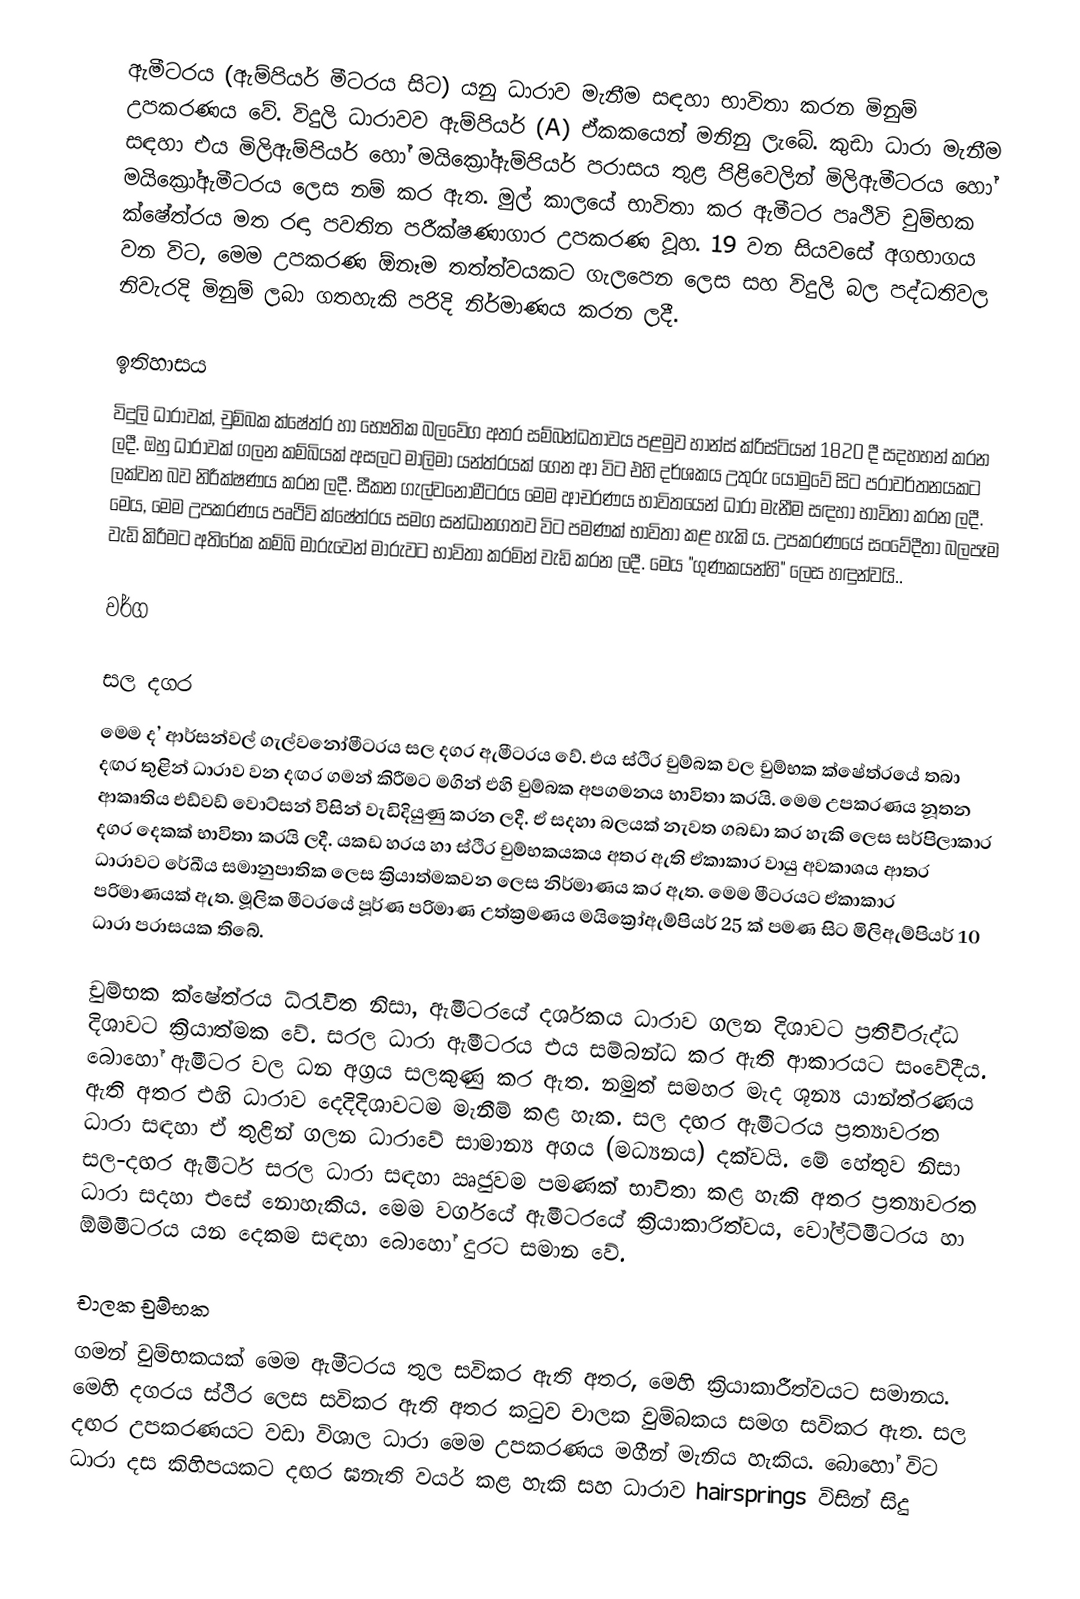
ඇමීටරය (ඇම්පියර් මීටරය සිට) යනු ධාරාව මැනීම සඳහා භාවිතා කරන මිනුම් උපකරණය වේ. විදුලි ධාරාවව ඇම්පියර් (A) ඒකකයෙන් මනිනු ලැබේ. කුඩා ධාරා මැනීම සඳහා එය මිලිඇම්පියර් හෝ මයික්‍රෝඇම්පියර් පරාසය තුළ පිළිවෙලින් මිලිඇමීටරය හෝ මයික්‍රෝඇමීටරය ලෙස නම් කර ඇත. මුල් කාලයේ භාවිතා කර ඇමීටර පෘථිවි චුම්භක ක්ෂේත්රය මත රඳා පවතින පරීක්ෂණාගාර උපකරණ වූහ. 19 වන සියවසේ අගභාගය වන විට,  මෙම උපකරණ ඕනෑම තත්ත්වයකට ගැලපෙන ලෙස සහ විදුලි බල පද්ධතිවල නිවැරදි මිනුම් ලබා ගතහැකි පරිදි නිර්මාණය කරන ලදී.

ඉතිහාසය
විදුලි ධාරාවක්, චුම්බක ක්ෂේත්ර හා භෞතික බලවේග අතර සම්බන්ධතාවය පළමුව හාන්ස් ක්රිස්ටියන් 1820 දී සදහහන් කරන ලදී. ඔහු ධාරාවක් ගලන කම්බියක් අසලට මාලිමා යන්ත්රයක් ගෙන ආ විට එහි දර්ශකය උතුරු යොමුවේ සිට පරාවර්තනයකට ලක්වන බව නිරීක්ෂණය කරන ලදී. සීකන ගැල්වනෝමීටරය මෙම ආචරණය භාවිතයෙන් ධාරා මැනීම සඳහා භාවිතා කරන ලදී. මෙය, මෙම උපකරණය පෘථිවි ක්ෂේත්රය සමග සන්ධානගතව විට පමණක් භාවිතා කළ හැකි ය. උපකරණයේ සංවේදීතා බලපෑම වැඩි කිරීමට අතිරේක කම්බි මාරුවෙන් මාරුවට භාවිතා කරමින් වැඩි කරන ලදී. මෙය "ගුණකයන්හි" ලෙස හඳුන්වයි..

වර්ග

සල දගර
මෙම ද’ ආර්සන්වල් ගැල්වනෝමීටරය සල දගර ඇමීටරය වේ. එය ස්ථිර චුම්බක වල චුම්භක ක්ෂේත්රයේ තබා දඟර තුළින් ධාරාව වන දඟර ගමන් කිරීමට මගින් එහි චුම්බක අපගමනය භාවිතා කරයි. මෙම උපකරණය නූතන ආකෘතිය එඩ්වඩ් වොට්සන් විසින් වැඩිදියුණු කරන ලදී. ඒ සදහා බලයක් නැවත ගබඩා කර හැකි ලෙස සර්පිලාකාර දගර දෙකක් භාවිතා කරයි ලදී. යකඩ හරය හා ස්ථිර චුම්භකයකය අතර ඇති ඒකාකාර වායු අවකාශය ආතර ධාරාවට රේඛීය සමානුපාතික ලෙස ක්‍රියාත්මකවන ලෙස නිර්මාණය කර ඇත. මෙම මීටරයට ඒකාකාර පරිමාණයක් ඇත. මූලික මීටරයේ පූර්ණ පරිමාණ උත්ක්‍රමණය මයික්‍රෝඇම්පියර් 25 ක් පමණ සිට මිලිඇම්පියර් 10 ධාරා පරාසයක තිබේ.

චුම්භක ක්ෂේත්රය ධ්රැවිත නිසා, ඇමීටරයේ දර්ශකය ධාරාව ගලන දිශාවට ප්‍රතිවිරුද්ධ දිශාවට ක්‍රියාත්මක වේ. සරල ධාරා ඇමීටරය එය සම්බන්ධ කර ඇති ආකාරයට සංවේදීය. බොහෝ ඇමීටර වල ධන අග්‍රය සලකුණු කර ඇත. නමුත් සමහර මැද ශූන්‍ය යාන්ත්රණය ඇති අතර එහි ධාරාව දෙදිදිශාවටම මැනීම් කළ හැක. සල දඟර ඇමීටරය ප්‍රත්‍යාවරත ධාරා සඳහා ඒ තුළින් ගලන ධාරාවේ සාමාන්‍ය අගය (මධ්‍යනය) දක්වයි. මේ හේතුව නිසා සල-දඟර ඇමීටර් සරල ධාරා සඳහා ඍජුවම පමණක් භාවිතා කළ හැකි අතර ප්‍රත්‍යාවරත ධාරා සදහා එසේ නොහැකිය. මෙම වර්ගයේ ඇමීටරයේ ක්‍රියාකාරිත්වය, වෝල්ට්මීටරය හා ඕම්මීටරය යන දෙකම සඳහා බොහෝ දුරට සමාන වේ.

චාලක චුම්භක
ගමන් චුම්භකයක් මෙම ඇමීටරය තුල සවිකර ඇති අතර, මෙහි ක්‍රියාකාරීත්වයට සමානය. මෙහි දගරය ස්ථිර ලෙස සවිකර ඇති අතර කටුව චාලක චුම්බකය සමග සවිකර ඇත. සල දඟර උපකරණයට වඩා විශාල ධාරා මෙම උපකරණය මගීන් මැනිය හැකිය. බොහෝ විට ධාරා දස කිහිපයකට දඟර ඝනැති වයර් කළ හැකි සහ ධාරාව hairsprings විසින් සිදු